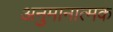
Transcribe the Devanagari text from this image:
अनुमानात्मक